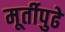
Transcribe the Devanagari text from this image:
मूर्तीपुढे